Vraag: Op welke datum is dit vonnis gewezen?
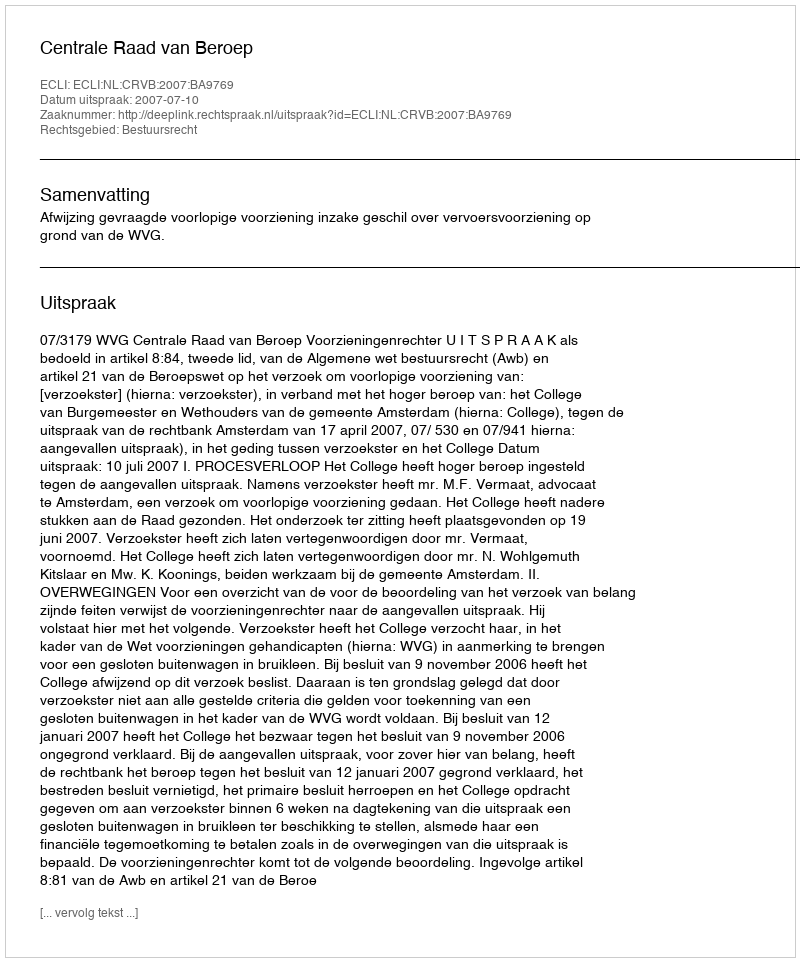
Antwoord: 2007-07-10